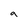
Character: 9